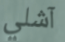
آشلي